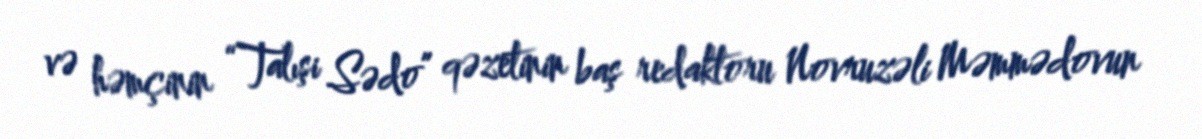
və həmçinin “Talışi Sədo” qəzetinin baş redaktoru Novruzəli Məmmədovun